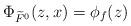
LaTeX: \begin{align*}\Phi_{\widetilde{F}^0}(z,x)=\phi_f(z)\end{align*}